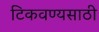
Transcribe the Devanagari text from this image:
टिकवण्यसाठी